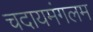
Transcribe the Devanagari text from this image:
चदायमंगलम